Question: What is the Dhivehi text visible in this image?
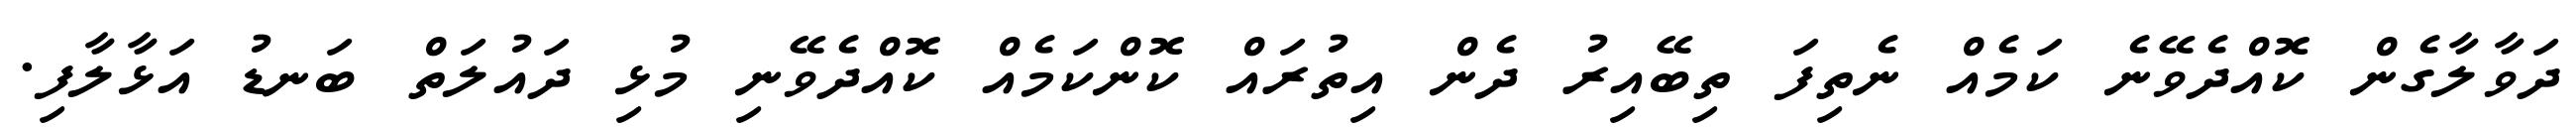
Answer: ދަވާލާގެން ކޮއްދެވޭނެ ކަމެއް ނެތިފަ ތިބޭއިރު ދެން އިތުރައް ކޮންކަމެއް ކޮއްދެވޭނި މުޅި ދައުލަތް ބަނޑު އަޅާލާފި.